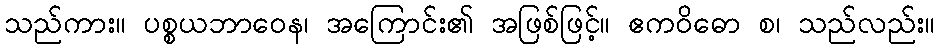
သည်ကား။ ပစ္စယဘာဝေန၊ အကြောင်း၏ အဖြစ်ဖြင့်။ ဧကဝိဓော စ၊ သည်လည်း။